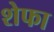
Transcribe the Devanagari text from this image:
शेफा